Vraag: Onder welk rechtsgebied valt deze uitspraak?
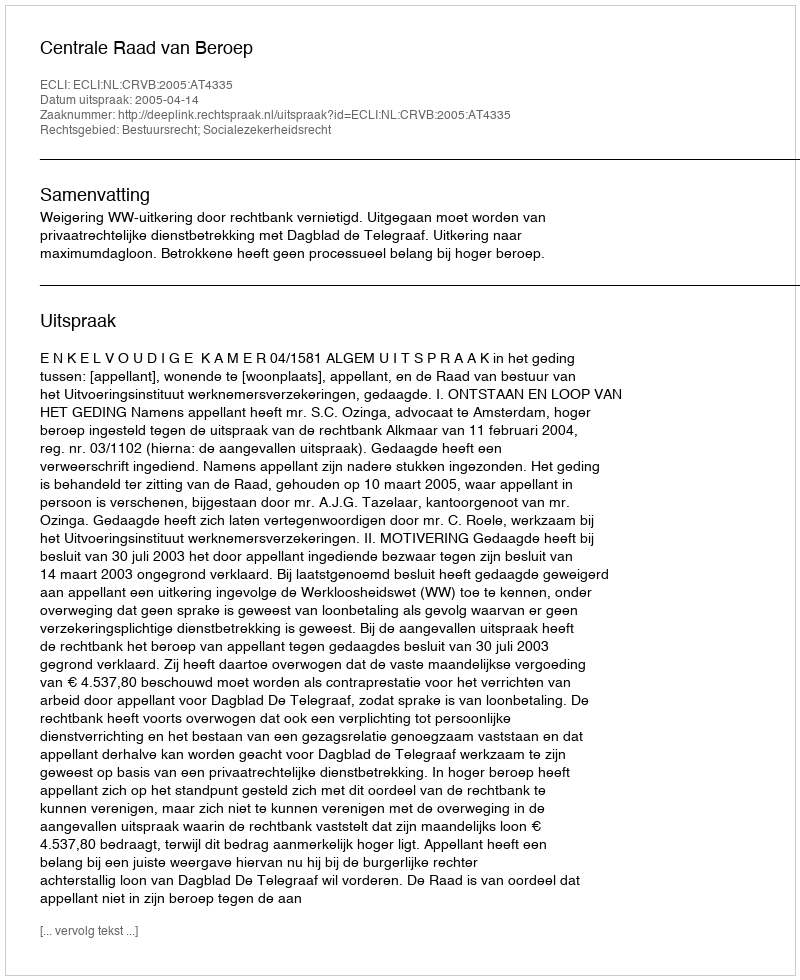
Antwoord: Bestuursrecht; Socialezekerheidsrecht